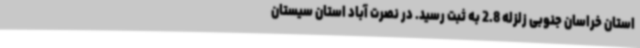
استان خراسان جنوبی زلزله 2.8 به ثبت رسید. در نصرت آباد استان سیستان